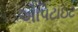
એપિટાઇટ